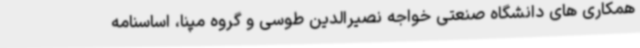
همکاری های دانشگاه صنعتی خواجه نصیرالدین طوسی و گروه مپنا، اساسنامه